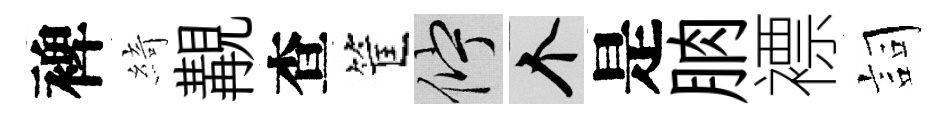
裨綺覯查筐伫个是朒褾詞